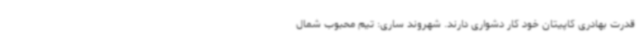
قدرت بهادری کاپیتان خود کار دشواری دارند. شهروند ساری: تیم محبوب شمال